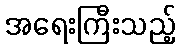
အရေးကြီးသည့်